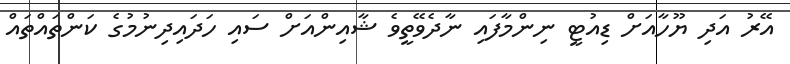
އޭރު އަދި ޔޫހާއަށް ޑިއުޓީ ނިންމާފައި ނާދެވޭތީވެ ޝާއިންއަށް ސައި ހަދައިދިނުމުގެ ކަންތައްތައް